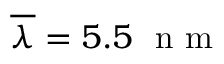
\overline { { \lambda } } = 5 . 5 ~ \textrm { n m }